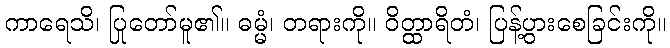
ကာရေသိ၊ ပြုတော်မူ၏။ ဓမ္မံ၊ တရားကို။ ဝိတ္ထာရိတံ၊ ပြန့်ပွားစေခြင်းကို။